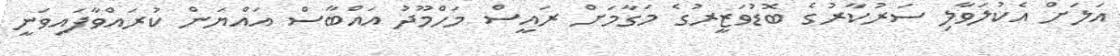
އަލަށް އެކުލަވާލި ސަރުކާރުގެ ބޮޑުވަޒީރުގެ މަގާމަށް ރައީސް މަހްމޫދު އައްބާސް އައްޔަން ކުރައްވާފައިވަނީ